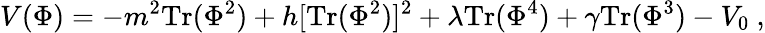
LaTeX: V(\Phi)=-m^{2}\mathrm{Tr}(\Phi^{2})+h[\mathrm{Tr}(\Phi^{2})]^{2}+\lambda\mathrm{Tr}(\Phi^{4})+\gamma\mathrm{Tr}(\Phi^{3})-V_{0}\ ,